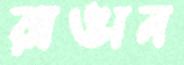
রাঙান